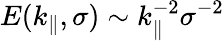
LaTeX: E(k_{\parallel},\sigma)\sim k_{\parallel}^{-2}\sigma^{-2}